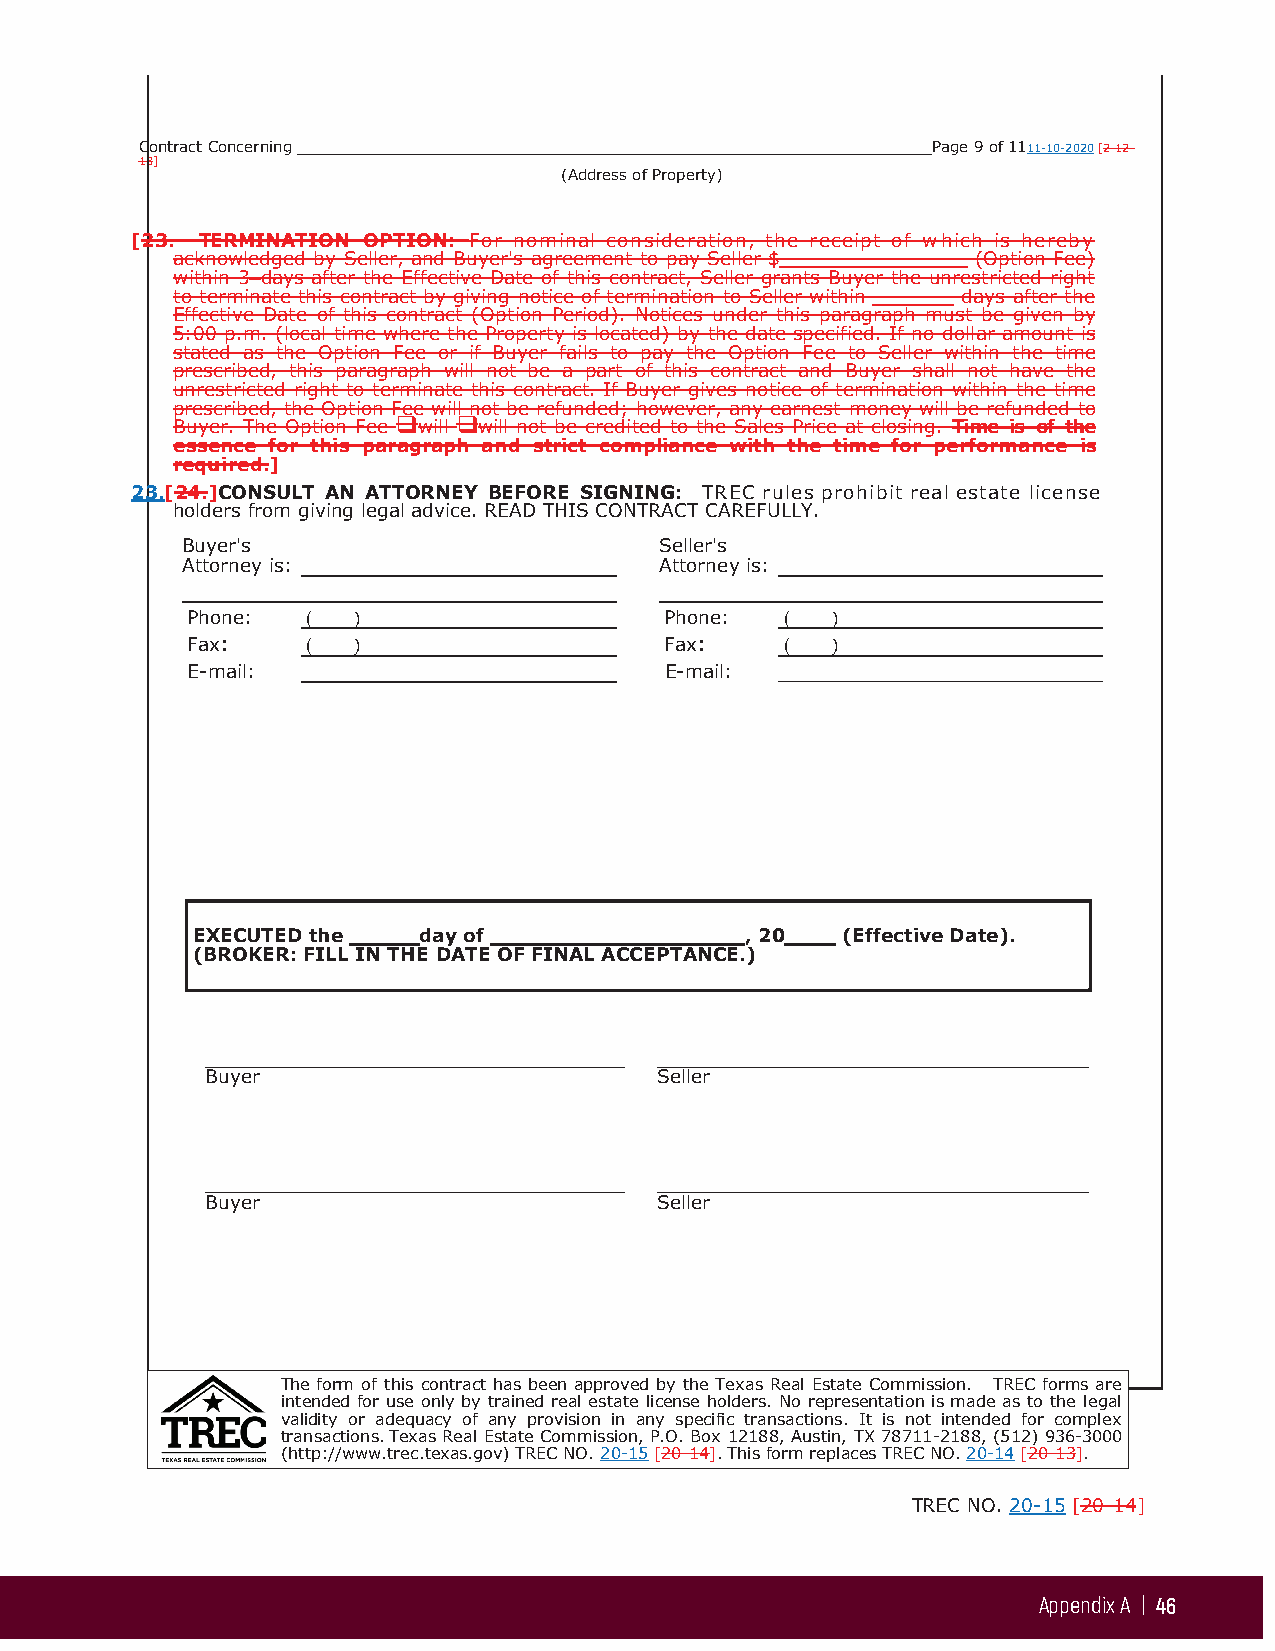
Contract Concerning                                  Page 9 of 1111-10-2020 [2-12-
 18]
 (Address of Property)
 [23. TERMINATION OPTION: For nominal consideration, the receipt of which is hereby
 acknowledged by Seller, and Buyer's agreement to pay Seller $ (Option Fee)
 within 3 days after the Effective Date of this contract, Seller grants Buyer the unrestricted right
 to terminate this contract by giving notice of termination to Seller within days after the
 Effective Date of this contract (Option Period). Notices under this paragraph must be given by
 5:00 p.m. (local time where the Property is located) by the date specified. If no dollar amount is
 stated as the Option Fee or if Buyer fails to pay the Option Fee to Seller within the time
 prescribed, this paragraph will not be a part of this contract and Buyer shall not have the
 unrestricted right to terminate this contract. If Buyer gives notice of termination within the time
 prescribed, the Option Fee will not be refunded; however, any earnest money will be refunded to
 Buyer. The Option Fee will will not be credited to the Sales Price at closing. Time is of the
 essence for this paragraph and strict compliance with the time for performance is
 required.]
 23.[24.]CONSULT AN ATTORNEY BEFORE SIGNING: TREC rules prohibit real estate license
 holders from giving legal advice. READ THIS CONTRACT CAREFULLY.
 Buyer's                         Seller's
 Attorney is:                    Attorney is:
 Phone:  (  )                    Phone:  (  )
 Fax:    (  )                    Fax:    (  )
 E-mail:                         E-mail:
 EXECUTED the   day of               , 20   (Effective Date).
 (BROKER: FILL IN THE DATE OF FINAL ACCEPTANCE.)
 Buyer                         Seller
 Buyer                         Seller
 The form of this contract has been approved by the Texas Real Estate Commission. TREC forms are
 intended for use only by trained real estate license holders. No representation is made as to the legal
 validity or adequacy of any provision in any specific transactions. It is not intended for complex
 transactions. Texas Real Estate Commission, P.O. Box 12188, Austin, TX 78711-2188, (512) 936-3000
 (http://www.trec.texas.gov) TREC NO. 20-15 [20-14]. This form replaces TREC NO. 20-14 [20-13].
 I nitialed for identification by Buyer and Seller  TREC NO. 20-15 [20-14]
 Appendix A | 46